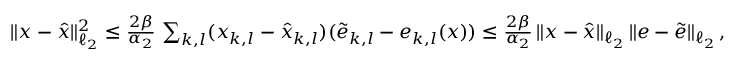
\begin{array} { r } { \| x - \hat { x } \| _ { \ell _ { 2 } } ^ { 2 } \le \frac { 2 \beta } { \alpha _ { 2 } } \, \sum _ { k , l } ( x _ { k , l } - \hat { x } _ { k , l } ) ( \widetilde { e } _ { k , l } - e _ { k , l } ( x ) ) \le \frac { 2 \beta } { \alpha _ { 2 } } \, \| x - \hat { x } \| _ { \ell _ { 2 } } \, \| e - \widetilde { e } \| _ { \ell _ { 2 } } \, , } \end{array}